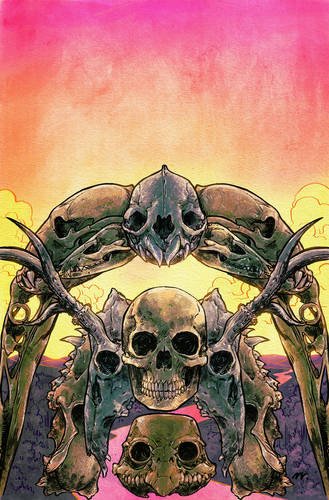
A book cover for Manifest Destiny Volume 3: Chiroptera & Carniformaves (Manifest Destiny Tp); Chris Dingess; Comics & Graphic Novels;